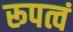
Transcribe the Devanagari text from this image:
रूपत्वं